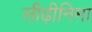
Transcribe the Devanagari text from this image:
सीढ़ीनिमा